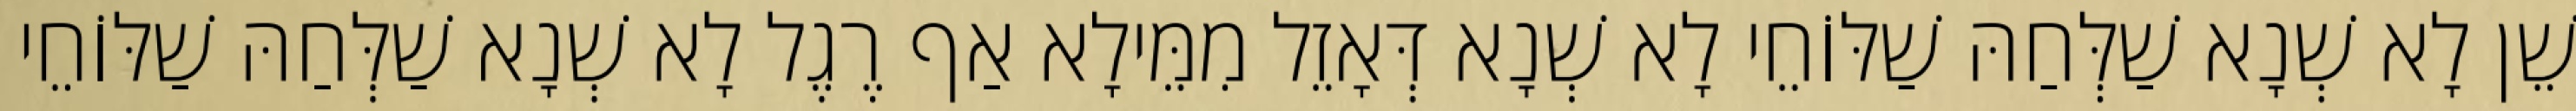
שֵׁן לָא שְׁנָא שַׁלְּחַהּ שַׁלּוֹחֵי לָא שְׁנָא דְּאָזֵל מִמֵּילָא אַף רֶגֶל לָא שְׁנָא שַׁלְּחַהּ שַׁלּוֹחֵי